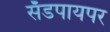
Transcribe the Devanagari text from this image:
सँडपायपर